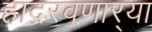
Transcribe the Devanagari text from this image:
हादरवणार्‍या